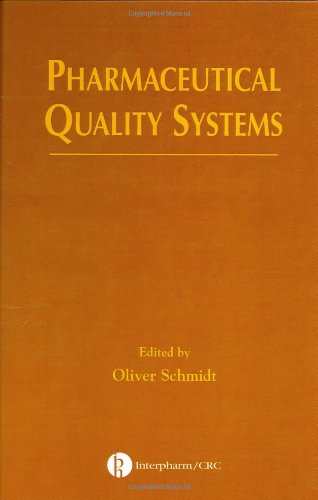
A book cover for Pharmaceutical Quality Systems; Medical Books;